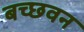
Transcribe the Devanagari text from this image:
बच्छवन